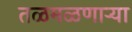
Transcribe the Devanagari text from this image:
तळमळणार्‍या